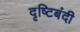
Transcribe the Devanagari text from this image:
दृष्टिबंदी